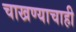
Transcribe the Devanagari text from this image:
चाखण्याचाही